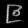
Digit: ၉